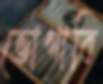
ভোগাবি